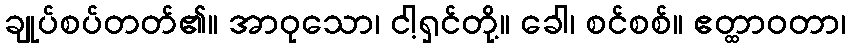
ချုပ်စပ်တတ်၏။ အာဝုသော၊ ငါ့ရှင်တို့။ ခေါ၊ စင်စစ်။ ဧတ္ထာဝတာ၊